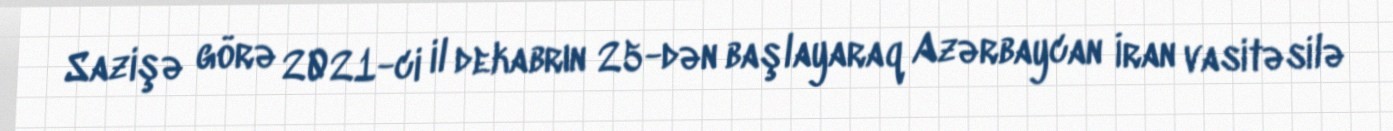
Sazişə görə 2021-ci il dekabrın 25-dən başlayaraq Azərbaycan İran vasitəsilə